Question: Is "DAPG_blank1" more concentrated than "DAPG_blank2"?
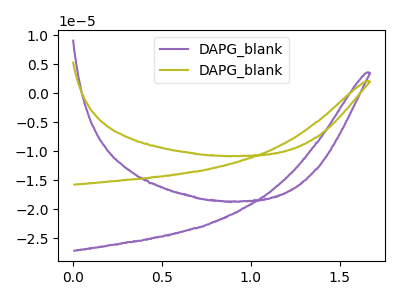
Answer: <think>The purple curve "DAPG_blank1" has no peaks. The olive curve "DAPG_blank2" has no peaks.
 Neither "DAPG_blank1" or "DAPG_blank2" have any peaks.</think>
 <answer>I cant tell if "DAPG_blank1" or "DAPG_blank2" has higher concentration.</answer>
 <eval>mixed_concentration</eval>